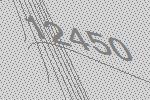
12450